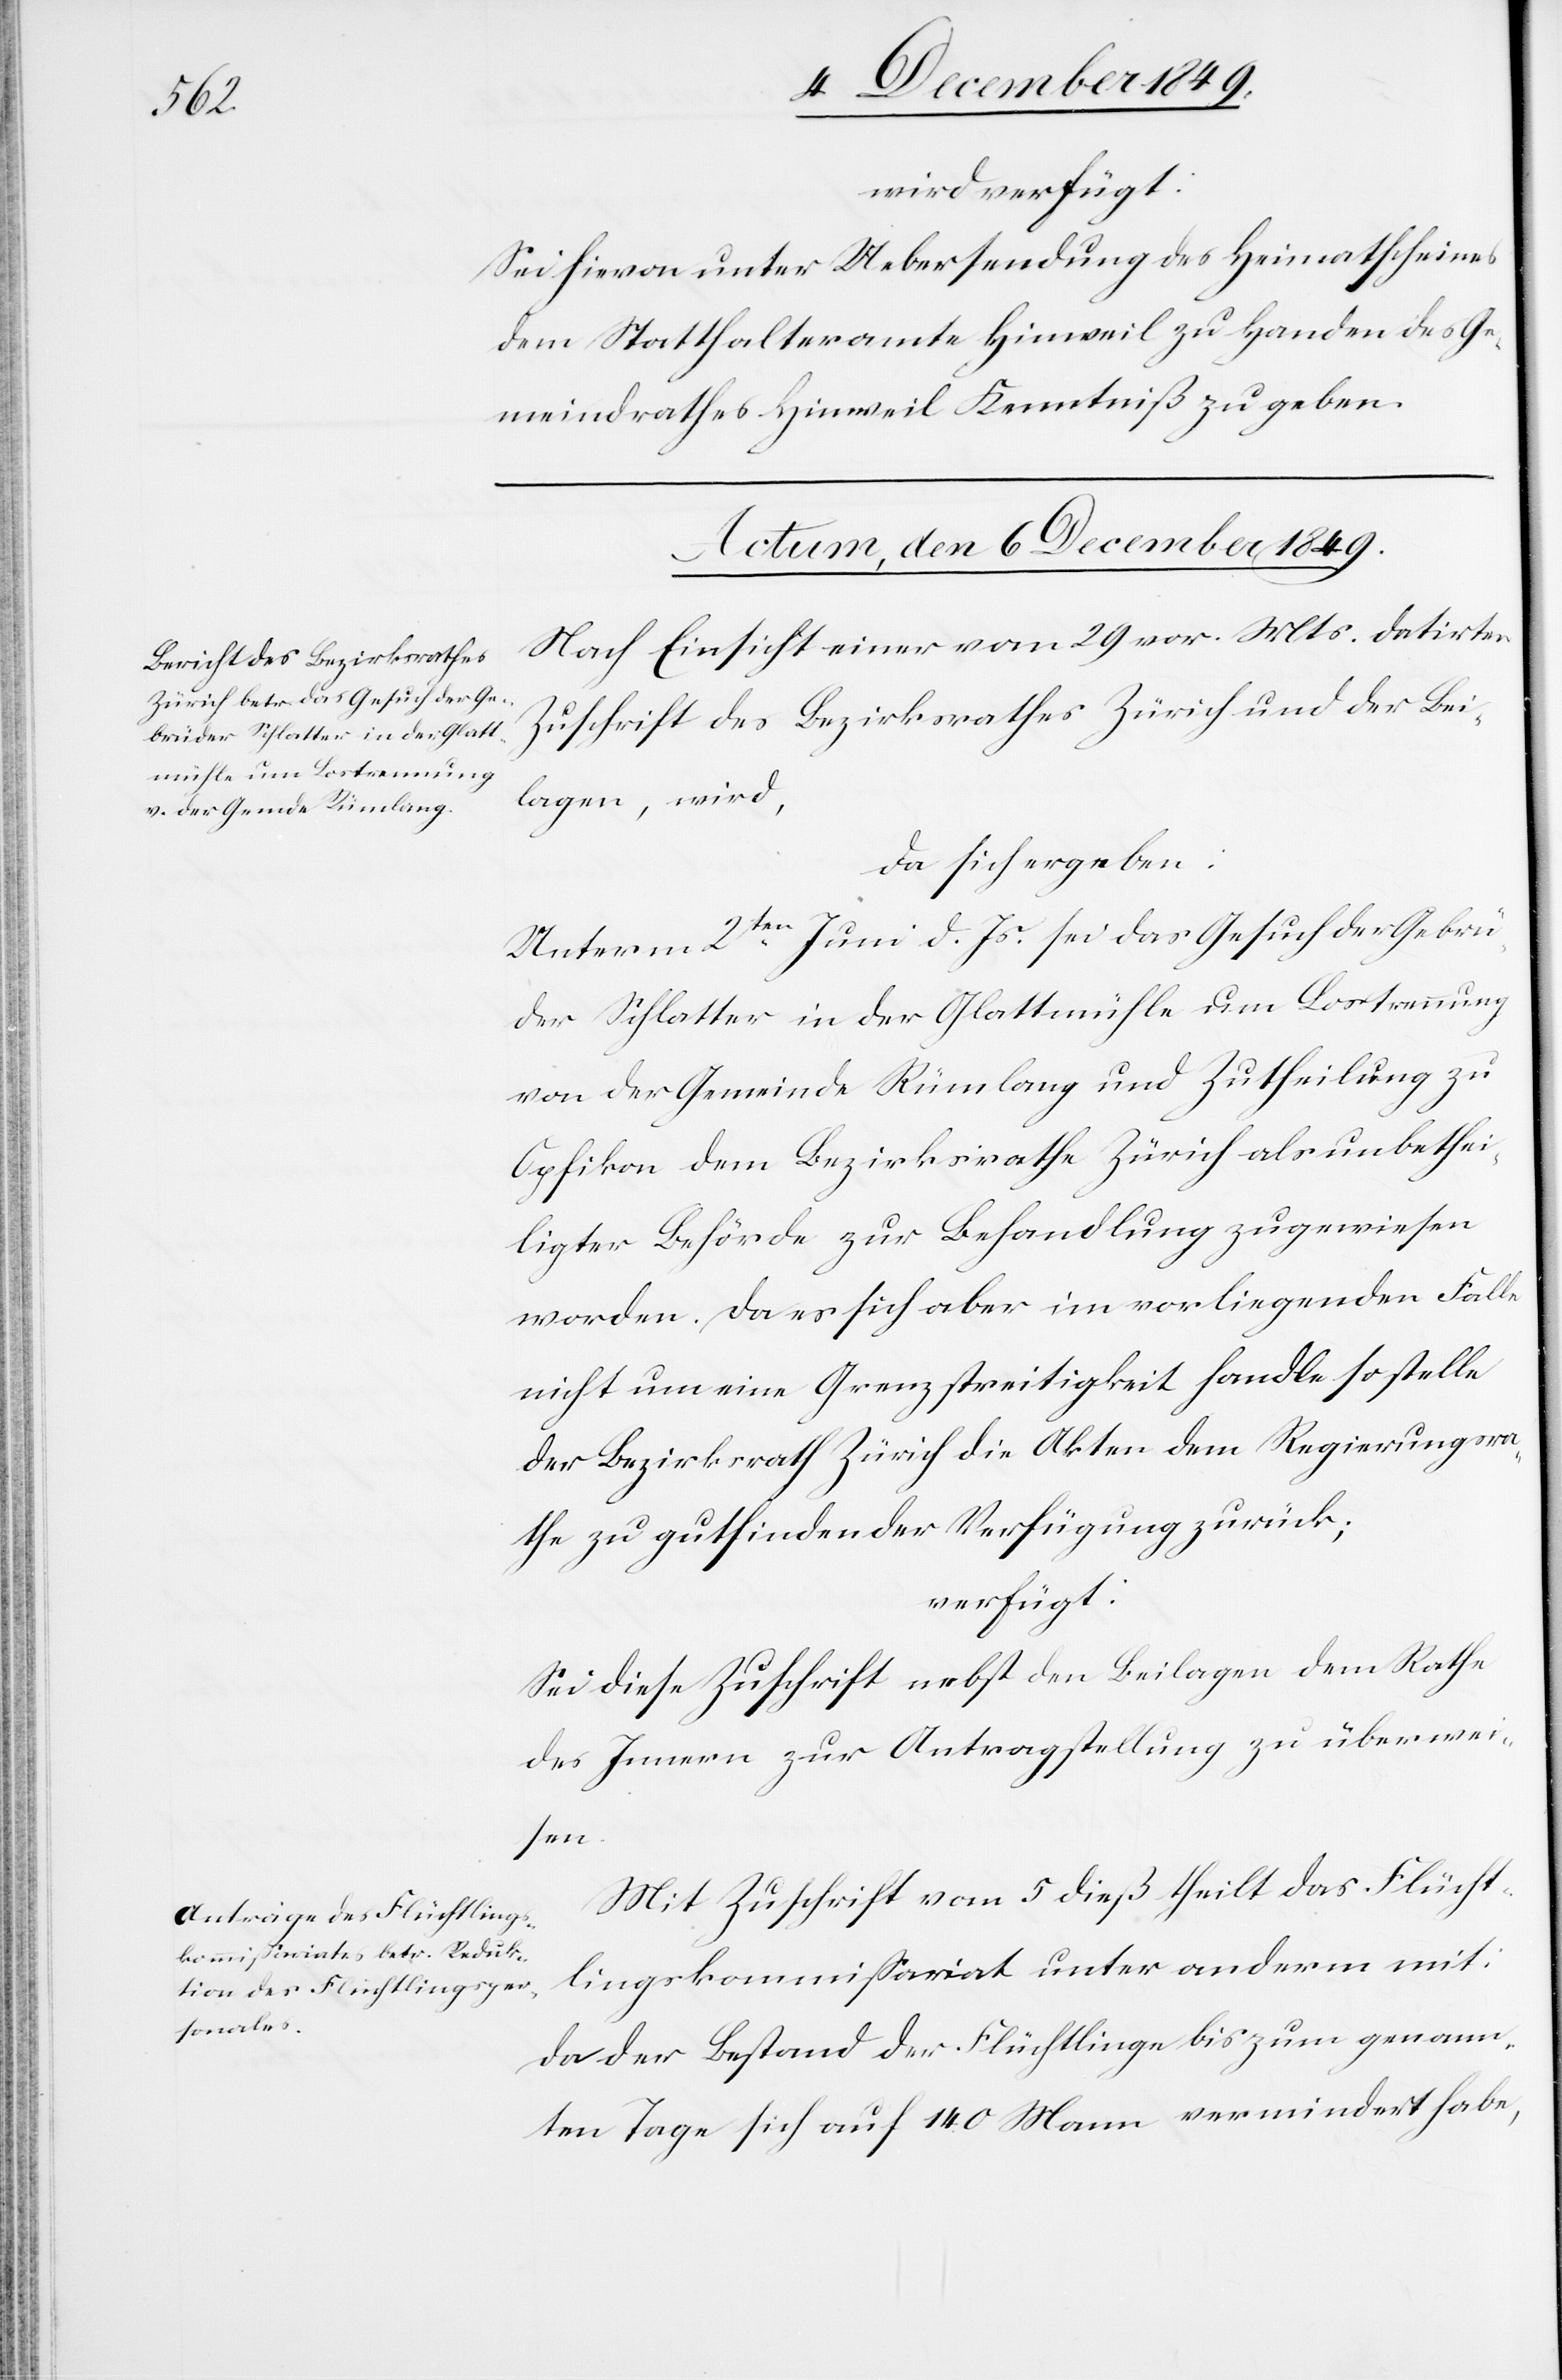
wird verfügt:
Sei hievon unter Uebersendung des Heimatscheins
dem Statthalteramte Hinweil zu Handen des Ge¬
meindrathes Hinweil Kenntniß zu geben.
Actum, den 6 December 1849.]
Nach Einsicht einer vom 29 v. Mts. datirten
Zuschrift des Bezirksrathes Zürich und der Bei¬
lagen, wird,
da sich ergeben:
Unterm 2ten Juni d. Js. sei das Gesuch der Gebrü¬
der Schlatter in der Glattmühle um Lostrennung
von der Gemeinde Rümlang und Zutheilung zu
Opfikon dem Bezirksrathe Zürich als unbethei¬
ligter Behörde zur Behandlung zugewiesen
worden. Da es sich aber im vorliegenden Falle
nicht um eine Grenzstreitigkeit handle so stelle
der Bezirksrath Zürich die Akten dem Regierungsra¬
the zu gutfindender Verfügung zurück;
verfügt:
Sei diese Zuschrift nebst den Beilagen dem Rathe
des Innern zur Antragstellung zu überwei¬
sen.
Mit Zuschrift vom 5 dieß theilt das Flücht¬
lingskommißariat unter anderm mit:
da der Bestand der Flüchtlinge bis zum genann¬
ten Tage sich auf 140 Mann vermindert habe,